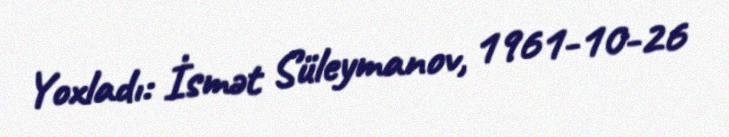
Yoxladı: İsmət Süleymanov, 1961-10-26